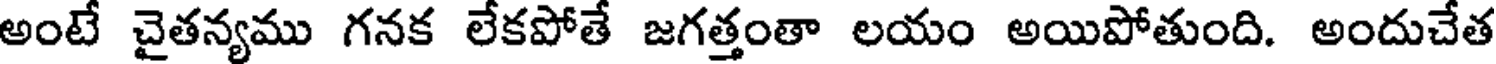
అంటే చైతన్యము గనక లేకపోతే జగత్తంతా లయం అయిపోతుంది. అందుచేత